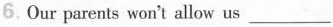
6.Our parents won't allow us ___